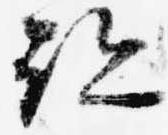
跡